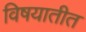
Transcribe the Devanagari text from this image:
विषयातीत